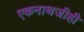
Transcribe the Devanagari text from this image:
एकनाथजीही